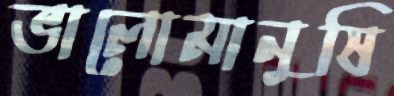
ভালোমানুষি